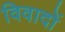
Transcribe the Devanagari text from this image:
विवादों